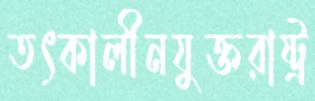
তৎকালীনযুক্তরাষ্ট্র